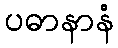
ပဓာနာနံ